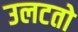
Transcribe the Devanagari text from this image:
उलटतो